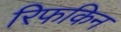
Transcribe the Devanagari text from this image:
रिफकिन